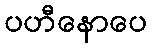
ပဟီနောပေ